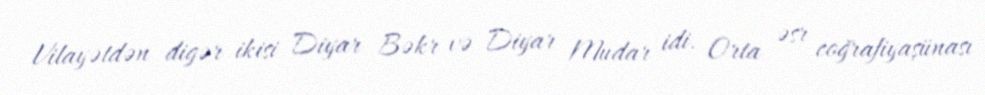
Vilayətdən digər ikisi Diyar Bəkr və Diyar Mudar idi. Orta əsr coğrafiyaşünası